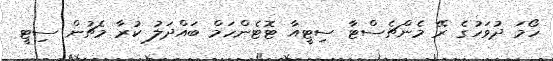
ހޯމަ ދުވަހުގެ ރޭ މެންޗެސްޓާ ސިޓީއާ ޓޮޓެންހަމް ބައްދަލު ކުރާ މެޗުން ސިޓީ